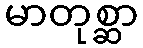
မာတုစ္ဆာ